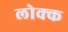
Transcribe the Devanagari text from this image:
लोक्क